Report of the Indian Hemp Drugs Commission, 1894-1895 - Volume IV
Year: 1894
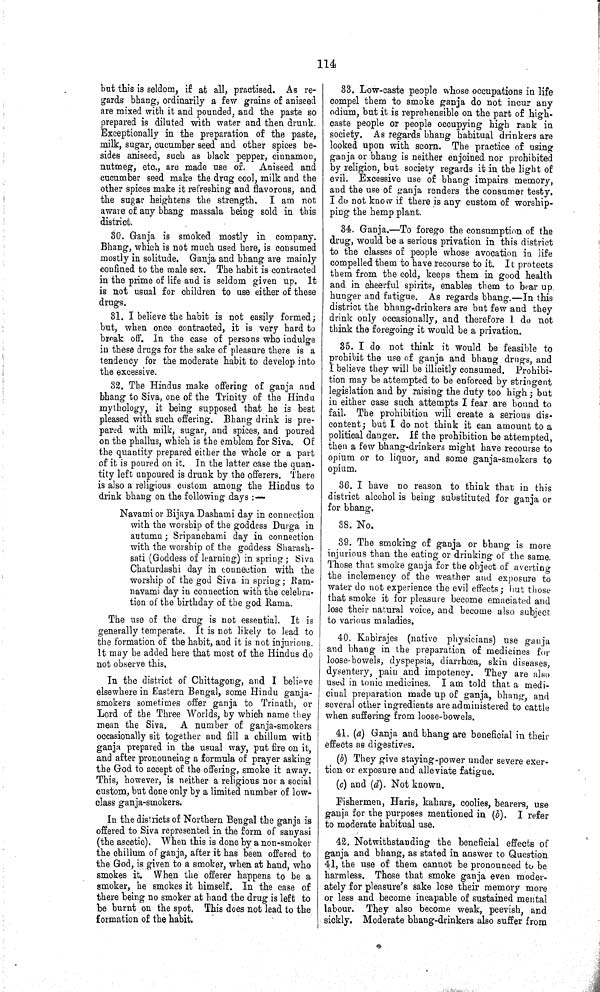
114
but this is seldom, if at all, practised. As re¬
gards bhang, ordinarily a few grains of aniseed
are mixed with it and pounded, and the paste so
prepared is diluted with water and then drunk.
Exceptionally in the preparation of the paste,
milk, sugar, cucumber seed and other spices be¬
sides aniseed, such as black pepper, cinnamon,
nutmeg, etc., are made use of. Aniseed and
cucumber seed make the drug cool, milk and the
other spices make it refreshing and flavorous, and
the sugar heightens the strength. I am not
aware of any bhang massala being sold in this
district.
30. Ganja is smoked mostly in company.
Bhang, which is not much used here, is consumed
mostly in solitude. Ganja and bhang are mainly
confined to the male sex. The habit is contracted
in the prime of life and is seldom given up. It
is not usual for children to use either of these
drugs.
31. I believe the habit is not easily formed;
but, when once contracted, it is very hard to
break off. In the case of persons who indulge
in these drugs for the sake of pleasure there is a
tendency for the moderate habit to develop into
the excessive.
32. The Hindus make offering of ganja and
bhang to Siva, one of the Trinity of the Hindu
mythology, it being supposed that he is best
pleased with such offering. Bhang drink is pre¬
pared with milk, sugar, and spices, and poured
on the phallus, which is the emblem for Siva. Of
the quantity prepared either the whole or a part
of it is poured on it. In the latter case the quan¬
tity left unpoured is drunk by the offerers. There
is also a religious custom among the Hindus to
drink bhang on the following days:—
Navami or Bijaya Dashami day in connection
with the worship of the goddess Durga in
autumn; Sripanchami day in connection
with the worship of the goddess Sharash-
sati (Goddess of learning) in spring; Siva
Chaturdashi day in connection with the
worship of the god Siva in spring; Ram-
navami day in connection with the celebra¬
tion of the birthday of the god Rama.
The use of the drug is not essential. It is
generally temperate. It is not likely to lead to
the formation of the habit, and it is not injurious.
It may be added here that most of the Hindus do
not observe this.
In the district of Chittagong, and I believe
elsewhere in Eastern Bengal, some Hindu ganja-
smokers sometimes offer ganja to Trinath, or
Lord of the Three Worlds, by which name they
mean the Siva. A number of ganja-smokers
occasionally sit together and fill a chillum with
ganja prepared in the usual way, put fire on it,
and after pronouncing a formula of prayer asking
the God to accept of the offering, smoke it away.
This, however, is neither a religious nor a social
custom, but done only by a limited number of low-
class ganja-smokers.
In the districts of Northern Bengal the ganja is
offered to Siva represented in the form of sanyasi
(the ascetic). When this is done by a non-smoker
the chillum of ganja, after it has been offered to
the God, is given to a smoker, when at hand, who
smokes it. When the offerer happens to be a
smoker, he smokes it himself. In the case of
there being no smoker at hand the drug is left to
be burnt on the spot. This does not lead to the
formation of the habit.
33. Low-caste people whose occupations in life
compel them to smoke ganja do not incur any
odium, but it is reprehensible on the part of high-
caste people or people occupying high rank in
society. As regards bhang habitual drinkers are
looked upon with scorn. The practice of using
ganja or bhang is neither enjoined nor prohibited
by religion, but society regards it in the light of
evil. Excessive use of bhang impairs memory,
and the use of ganja renders the consumer testy.
I do not know if there is any custom of worship¬
ping the hemp plant.
34. Ganja.—To forego the consumption of the
drug, would be a serious privation in this district
to the classes of people whose avocation in life
compelled them to have recourse to it. It protects
them from the cold, keeps them in good health
and in cheerful spirits, enables them to bear up
hunger and fatigue. As regards bhang.—In this
district the bhang-drinkers are but few and they
drink only occasionally, and therefore 1 do not
think the foregoing it would be a privation.
35. I do not think it would be feasible to
prohibit the use of ganja and bhang drugs, and
I believe they will be illicitly consumed. Prohibi¬
tion may be attempted to be enforced by stringent
legislation and by raising the duty too high; but
in either case such attempts I fear are bound to
fail. The prohibition will create a serious dis¬
content; but I do not think it can amount to a
political danger. If the prohibition be attempted,
then a few bhang-drinkers might have recourse to
opium or to liquor, and some ganja-smokers to
opium,
36. I have no reason to think that in this
district alcohol is being substituted for ganja or
for bhang.
38. No.
39. The smoking of ganja or bhang is more
injurious than the eating or drinking of the same.
Those that smoke ganja for the object of averting
the inclemency of the weather and exposure to
water do not experience the evil effects; but those
that smoke it for pleasure become emaciated and
lose their natural voice, and become also subject
to various maladies.
40. Kabirajes (native physicians) use ganja
and bhang in the preparation of medicines for
loose-bowels, dyspepsia, diarrhœa, skin diseases,
dysentery, pain and impotency. They are also
used in tonic medicines. I am told that a medi¬
cinal preparation made up of ganja, bhang, and
several other ingredients are administered to cattle
when suffering from loose-bowels.
41. (a) Ganja and bhang are beneficial in their
effects as digestives.
(b) They give staying-power under severe exer¬
tion or exposure and alleviate fatigue.
(c) and (d). Not known.
Fishermen, Haris, kahars, coolies, bearers, use
ganja for the purposes mentioned in (b). I refer
to moderate habitual use.
42. Notwithstanding the beneficial effects of
ganja and bhang, as stated in answer to Question
41, the use of them cannot be pronounced to be
harmless. Those that smoke ganja even moder¬
ately for pleasure's sake lose their memory more
or less and become incapable of sustained mental
labour. They also become weak, peevish, and
sickly. Moderate bhang-drinkers also suffer from